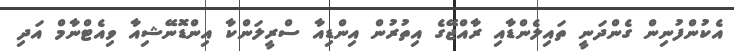
އެކުންފުނިން ގެންދަނީ ތައިލެންޑާއި ރާއްޖޭގެ އިތުރުން އިންޑިއާ ސްރީލަންކާ އިންޑޮނޭޝިއާ ވިއެޓްނާމް އަދި